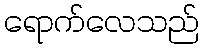
ရောက်လေသည်